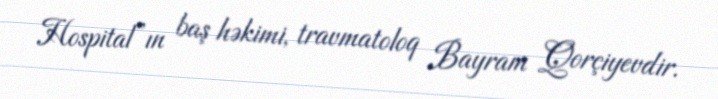
Hospital”ın baş həkimi, travmatoloq Bayram Qorçiyevdir.